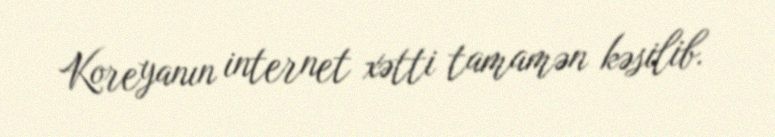
Koreyanın internet xətti tamamən kəsilib.